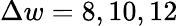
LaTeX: \Delta w=8,10,12